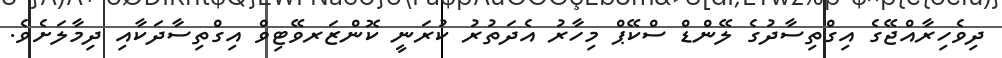
ދިވެހިރާއްޖޭގެ އިގްތިސާދުގެ ލޭންޑް ސްކޭޕް މިހާރު އެދަތުރު ކުރަނީ ކޮންޒަރވޭޓިވް އިގްތިސާދަކާއި ދިމާލަށެވެ.